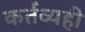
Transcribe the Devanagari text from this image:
कर्तव्यही